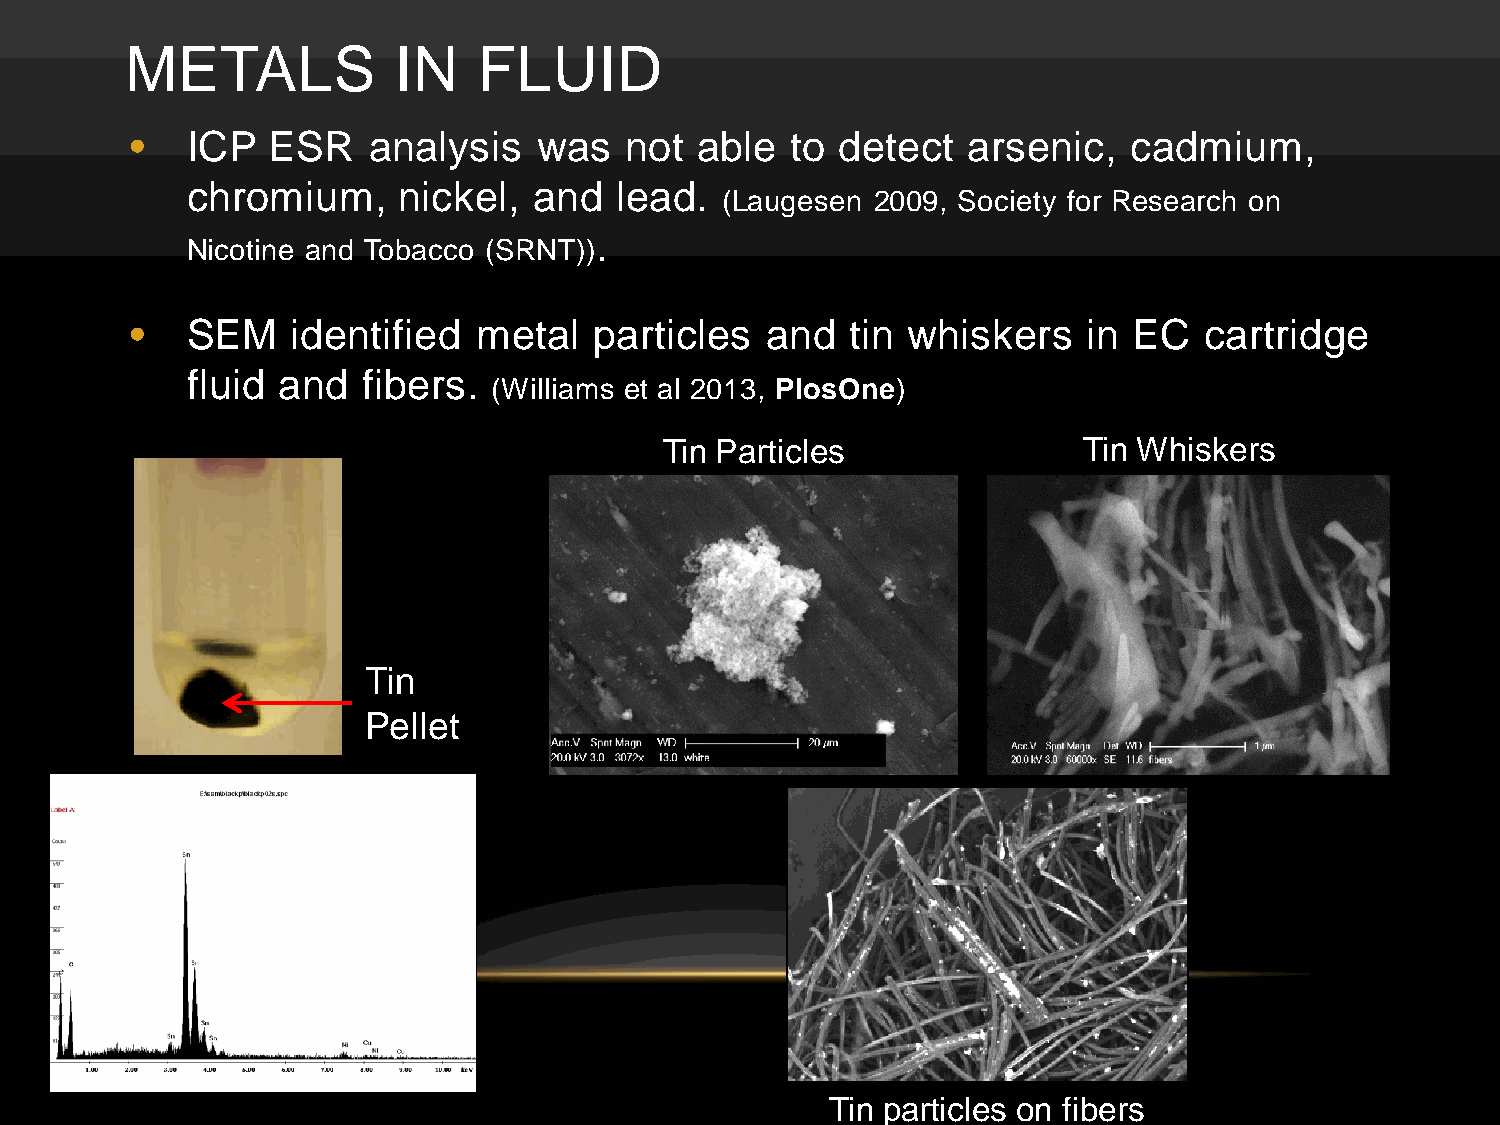
METALS            IN    FLUID
 •  ICP   ESR   analysis    was  not  able  to detect   arsenic,   cadmium,
 chromium,     nickel,  and   lead.
 (Laugesen 2009, Society for Research on
 .
 Nicotine and Tobacco (SRNT))
 •  SEM    identified   metal  particles   and  tin whiskers    in EC   cartridge
 fluid and   fibers.
 (Williams et al 2013, PlosOne)
 Tin Particles               Tin Whiskers
 Tin
 Pellet
 Tin particles on fibers